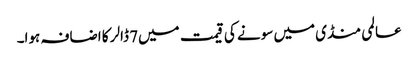
عالمی منڈی میں سونے کی قیمت میں7 ڈالر کا اضافہ ہوا۔